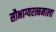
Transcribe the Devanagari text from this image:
सौभाग्यरत्नमाला